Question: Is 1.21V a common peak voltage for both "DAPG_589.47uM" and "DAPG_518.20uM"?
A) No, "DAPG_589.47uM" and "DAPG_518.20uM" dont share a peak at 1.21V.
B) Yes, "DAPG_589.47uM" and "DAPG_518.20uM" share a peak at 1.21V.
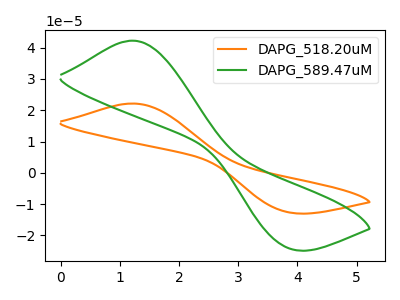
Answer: <think>The orange curve "DAPG_518.20uM" has an anodic peak at (1.20V, 22.15uA) and a cathodic peak at (3.85V, -12.60uA). The green curve "DAPG_589.47uM" has an anodic peak at (1.20V, 42.25uA) and a cathodic peak at (3.85V, -24.05uA).</think>
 <answer>B) Yes, "DAPG_589.47uM" and "DAPG_518.20uM" share a peak at 1.21V.</answer>
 <eval>B</eval>